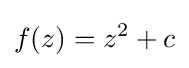
f(z)=z^{2}+c